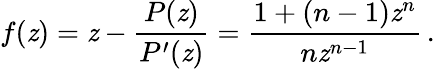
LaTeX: f(\mathit{z})=\mathit{z}-{\frac{{P(\mathit{z})}}{{P^{\prime}(\mathit{z})}}}={\frac{{1+(n-1)\mathit{z}^{n}}}{{n\mathit{z}^{n-1}}}}\, .